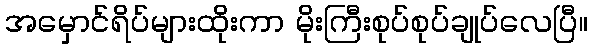
အမှောင်ရိပ်များထိုးကာ မိုးကြီးစုပ်စုပ်ချုပ်လေပြီ။